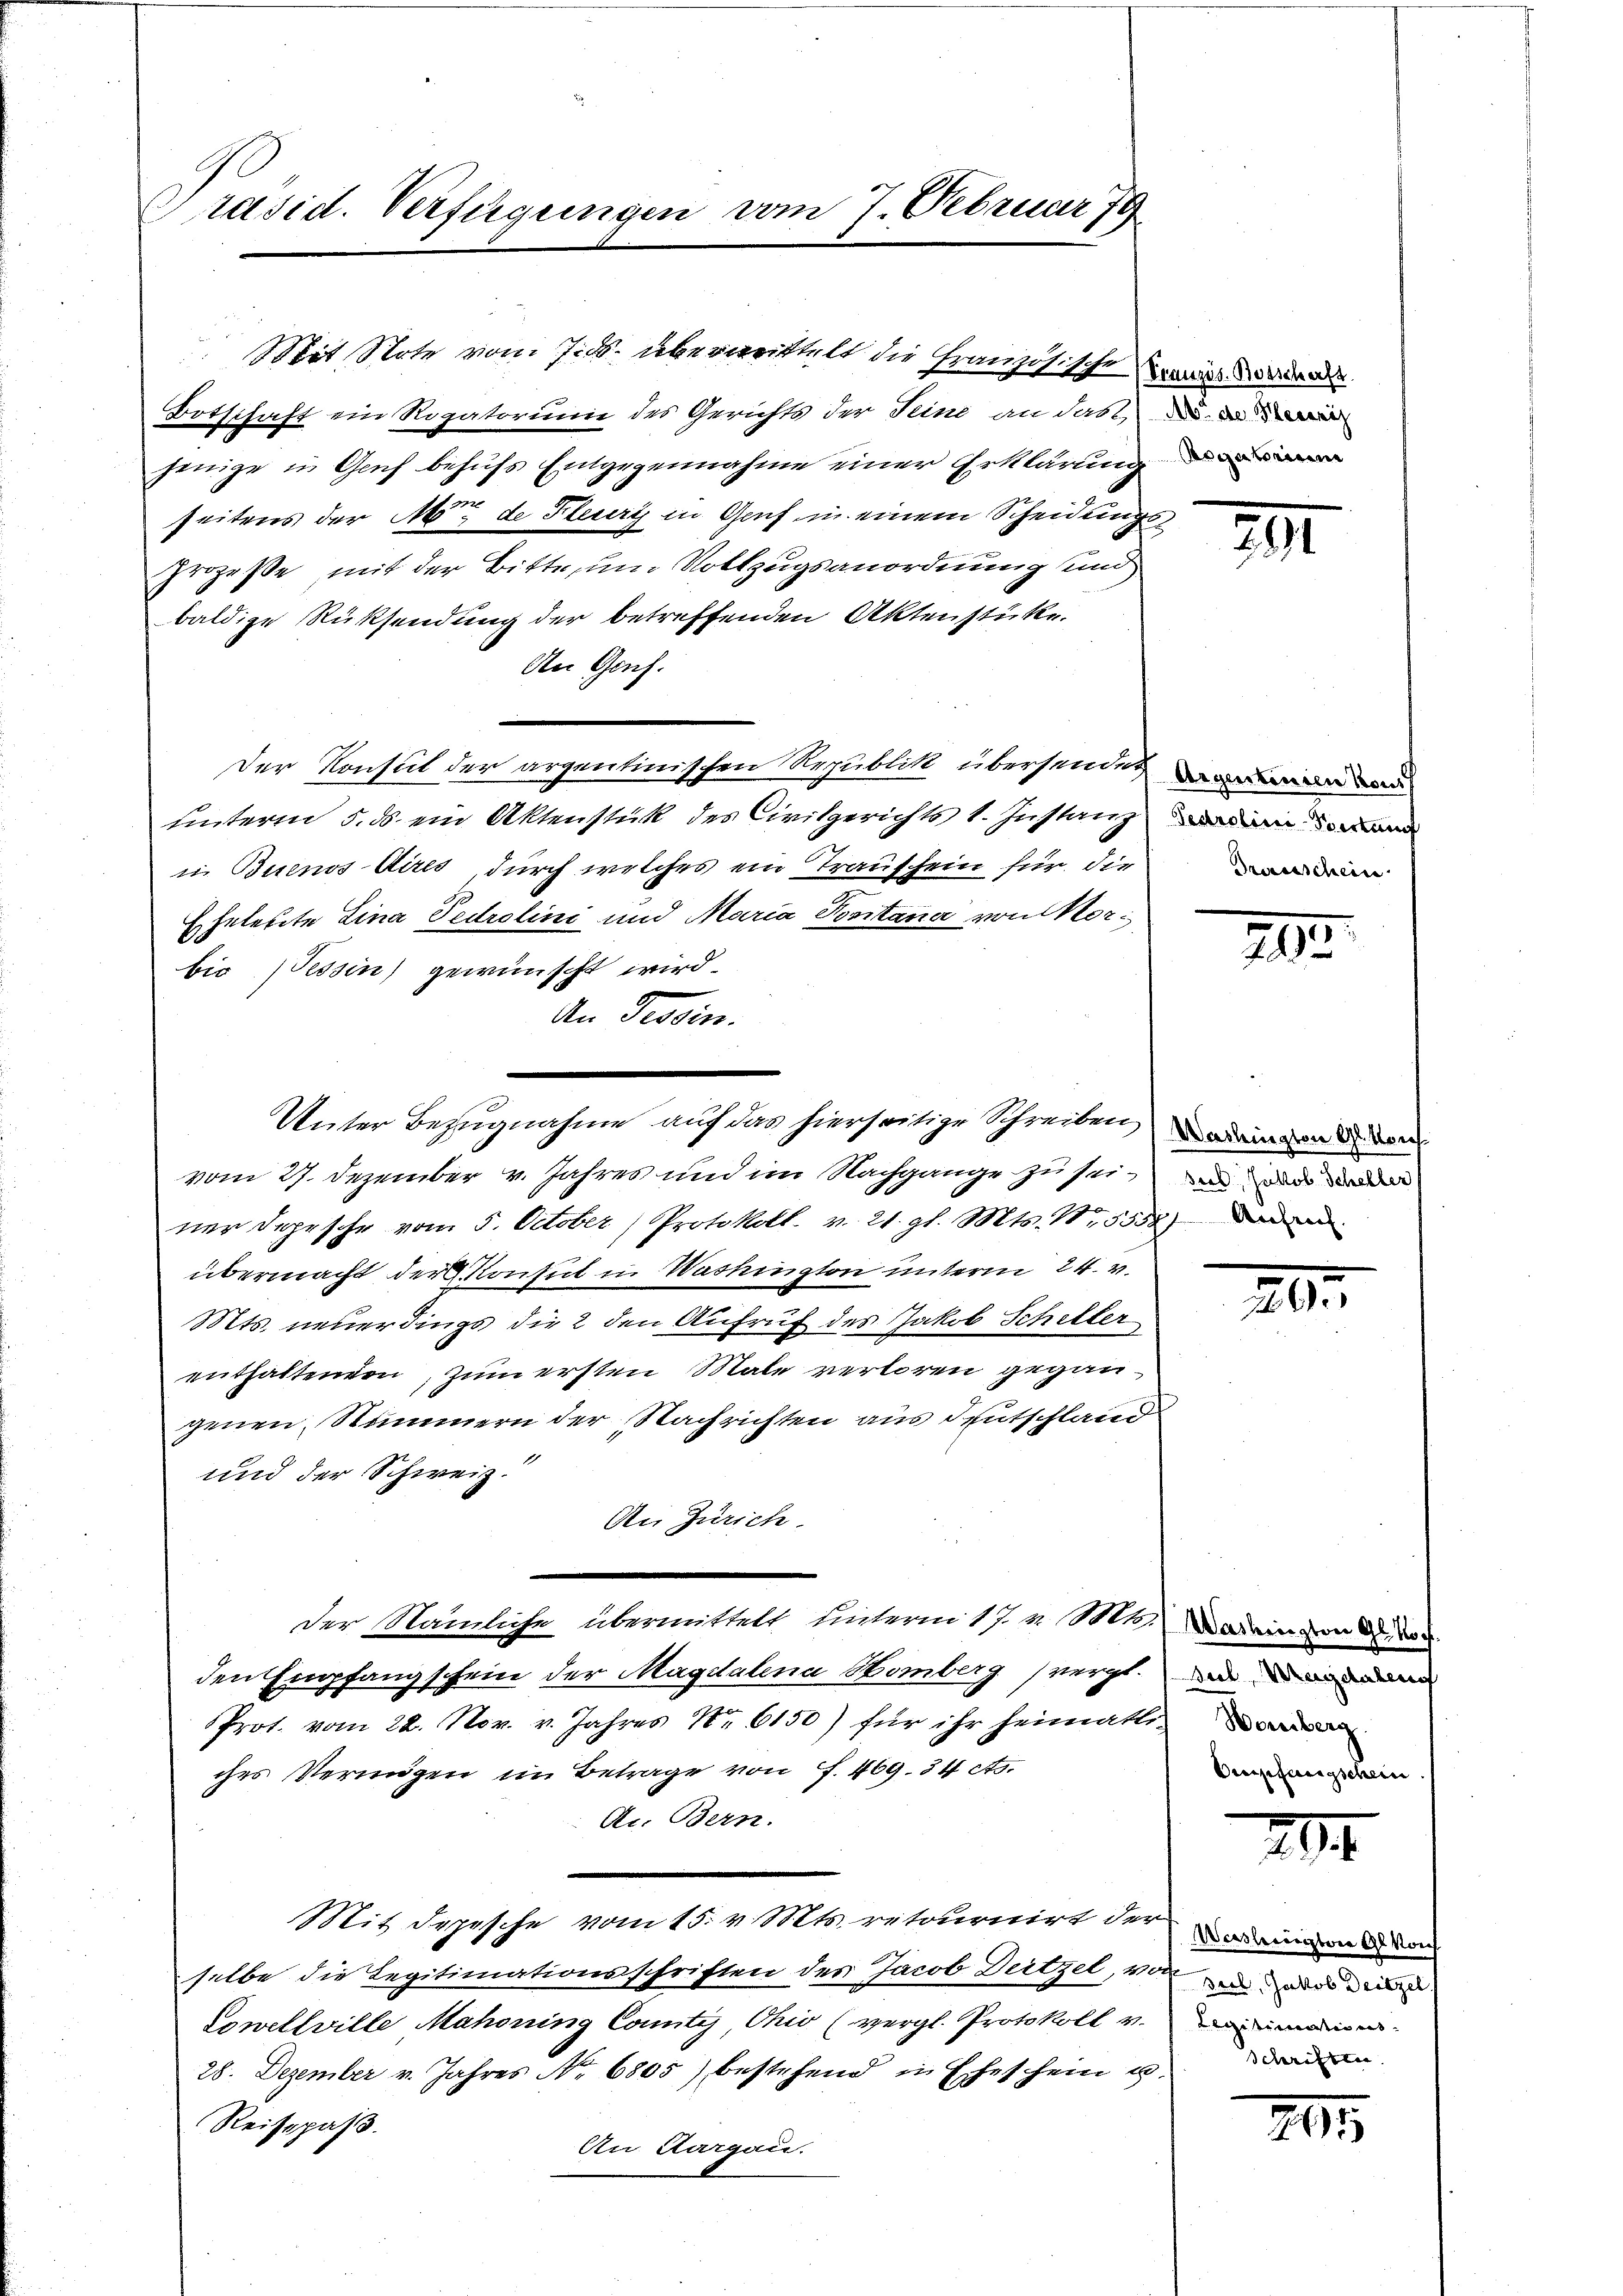
Präsid. Verfügungen vom 7. Februar 79

Botschaft ein Rogatorium des Gerichts der Seine an das da
jenige in Genf behufs Entgegennahme einer Erklärung d
seitens der M. de Steuery in Genf in einem Scheidungs¬
Prozeße, mit der Bitte zum Vollzugsanordnung und
baldige Rücksendung der betreffenden Aktenstücke.
An Gach.
Der Konsul der argentinischen Republik übersendet
unterm 5. ds. ein Aktenstück des Civilgerichts 1. Instanzen an
in Buenos Aires, durch welches ein Trauschein für die
Eheleute Lina Pedrolini und Maria Positana von dorbio (Tessin gewünscht wird.
An Tessin.
vom 27. Dezember v. Jahres und im Nachgange zu seiner Depesche vom 5. October, Protokoll. v. 21. gl. Mts. N. 5558) Dara
übermacht der Konsul in Washington unterm 24. v.
Mts. neuerdings die 2 den Aufruf des Jakob Schilter
enthaltenden, zum ersten Male verloren gegangenen, Nummern der Nachrichten aus deutschland
und der Schweiz.
An Zürich.
der Nämliche übermittelt hinterm 17. v. Mts. Darin von de
den Empfangschein der Magdalena Homberg vergl.
Prot. vom 22. Nov. v. Jahres No 6150) für ihr heimatte
ches Vermögen im Betrage von f. 469. 34 cts.
Dr. Bern.
Mit Depesche vom 15. v. Mts. retournirt der ma
selbe die Legitimationsschriften des Jacob Deitzel, von u. das
Cowellville Mahdring County Ohio (vergl. Protokoll v.
28. Dezember v. Jahres No 6805) bestehend in Eheschein u.
Reisepaß.
An Aargau.

Unter Bezugnahme auf das hierseitige Schreiben

Mit Stote vom Jids. überwittelt die Französische Kreis de

291

Transchein

290.

Washington G. Konf
srob, Jakob Scheller

XII.

sul, Magdalens
Orpfangschein

1

Legitimations
Schriften.

295